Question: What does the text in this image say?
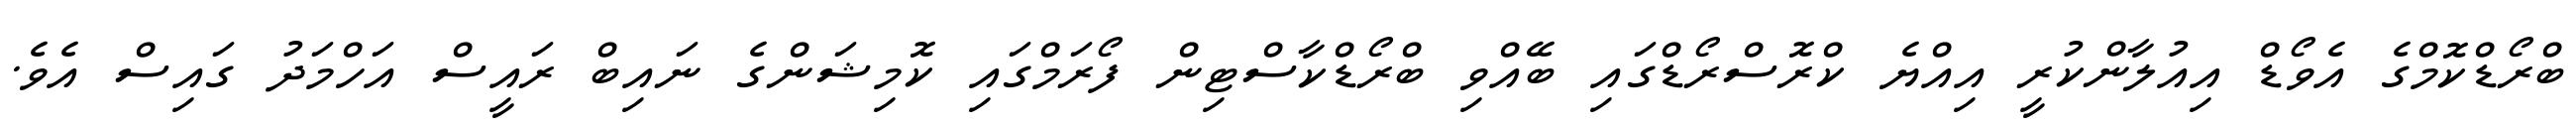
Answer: ބްރޯޑްކޮމްގެ އެވޯޑް އިއުލާންކުރީ އިއްޔެ ކްރޮސްރޯޑްގައި ބޭއްވި ބްރޯޑްކާސްޓިން ފޯރަމްގައި ކޮމިޝަންގެ ނައިބް ރައީސް އަހްމަދު ގައިސް އެވެ.